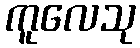
ကူလေသု